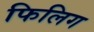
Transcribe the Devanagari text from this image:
फिलिग